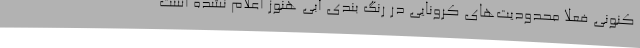
کنونی فعلا محدودیت‌های کرونایی در رنگ بندی آبی هنوز اعلام نشده است